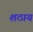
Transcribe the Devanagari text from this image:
शठाय